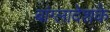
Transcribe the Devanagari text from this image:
बांग्लादेशके